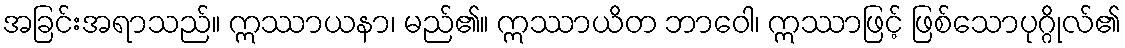
အခြင်းအရာသည်။ ဣဿာယနာ၊ မည်၏။ ဣဿာယိတ ဘာဝေါ၊ ဣဿာဖြင့် ဖြစ်သောပုဂ္ဂိုလ်၏